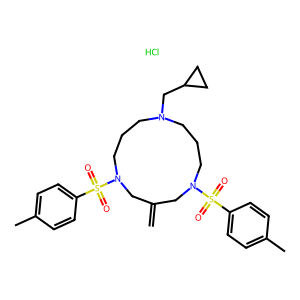
SMILES: C=C1CN(S(=O)(=O)c2ccc(C)cc2)CCCN(CC2CC2)CCCN(S(=O)(=O)c2ccc(C)cc2)C1.Cl
Inhibits HIV replication: No